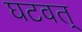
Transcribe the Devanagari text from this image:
घटवत्